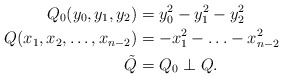
\begin{align*}Q_0(y_0,y_1,y_2) &=y_0^2-y_1^2-y_2^2\\Q(x_1,x_2,\ldots,x_{n-2}) & = -x_1^2-\ldots-x_{n-2}^2\\\tilde{Q} &=Q_0\perp Q.\end{align*}